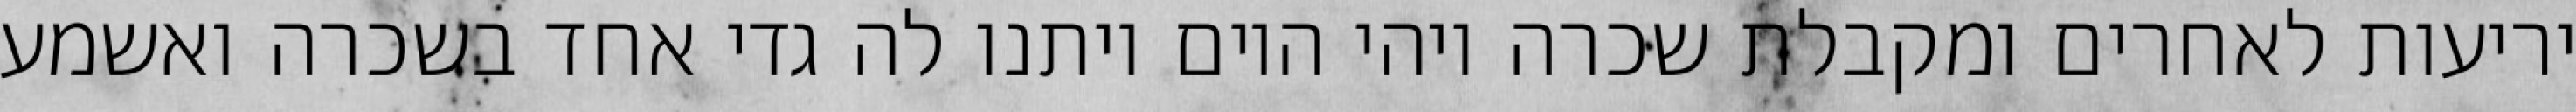
יריעות לאחרים ומקבלת שכרה ויהי היום ויתנו לה גדי אחד בשכרה ואשמע